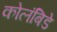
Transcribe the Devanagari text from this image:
कोलंबिडे